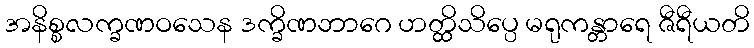
အနိစ္စလက္ခဏဝသေန ဒက္ခိဏဘာဂေ ဟတ္ထိသိပ္ပေ မရုကန္တာရေ ဇီရီယတိ